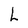
Character: L